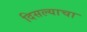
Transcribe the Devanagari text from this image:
दिसल्याचा